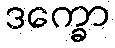
ဒက္ခော